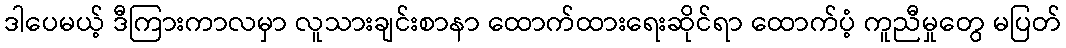
ဒါပေမယ့် ဒီကြားကာလမှာ လူသားချင်းစာနာ ထောက်ထားရေးဆိုင်ရာ ထောက်ပံ့ ကူညီမှုတွေ မပြတ်